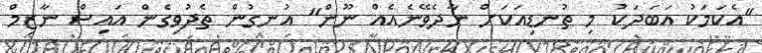
"އެކަމަކު އަބަދަކު މި ތުނޑިއަކަށް ނާދެވޭނެއެއް ނޫން" އުނގުން ތެދުވިގެން އައިސް ނާޒިމް